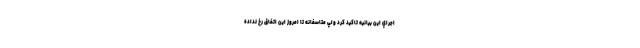
اجراي اين بيانيه تاكيد كرد ولي متاسفانه تا امروز اين اتفاق رخ نداده